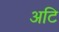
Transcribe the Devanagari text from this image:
अटि